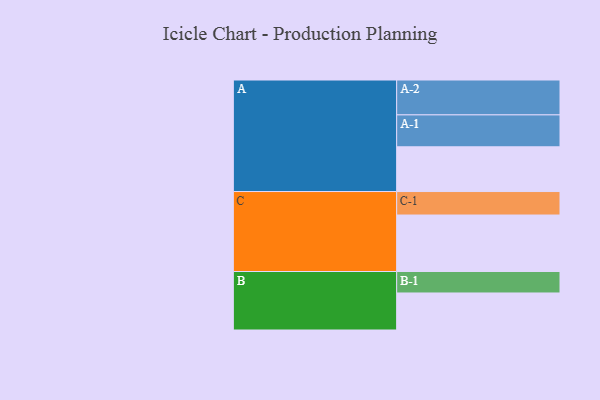
{"axis": {"x": "Segment", "y": "Value"}, "legend": ["", "A", "B", "C"], "data": [{"x": "A", "y": 377, "type": ""}, {"x": "B", "y": 312, "type": ""}, {"x": "C", "y": 476, "type": ""}, {"x": "A-1", "y": 269, "type": "A"}, {"x": "A-2", "y": 294, "type": "A"}, {"x": "B-1", "y": 181, "type": "B"}, {"x": "C-1", "y": 198, "type": "C"}]}